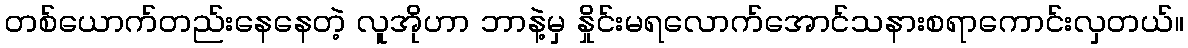
တစ်ယောက်တည်းနေနေတဲ့ လူအိုဟာ ဘာနဲ့မှ နှိုင်းမရလောက်အောင်သနားစရာကောင်းလှတယ်။